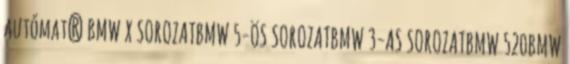
autómat? BMW X SOROZATBMW 5-ÖS SOROZATBMW 3-AS SOROZATBMW 520BMW